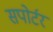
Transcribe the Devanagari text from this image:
सपोर्टर